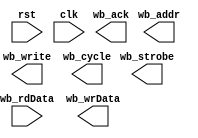
`timescale 1ns / 1ps
//////////////////////////////////////////////////////////////////////////////////
// Company: 
// Engineer: 
// 
// Design Name: 
// Module Name:    wb_hb_memmap 
// Project Name: 
// Target Devices: 
// Tool versions: 
// Description: 
//
// Dependencies: 
//
// Revision: 
// Revision 0.01 - File Created
// Additional Comments: 
//
//////////////////////////////////////////////////////////////////////////////////
module wb_hb_memmap
#( parameter DATA_WIDTH = 16,
	 parameter ADDR_WIDTH = 16 )
(
// general
	input wire rst,
	input wire clk,
// wishbone signals
	output reg wb_strobe,
	output reg wb_write,
	output reg wb_ack,
	output reg wb_cycle,
	output reg [ADDR_WIDTH-1:0] wb_addr,
	input wire [DATA_WIDTH-1:0] wb_rdData,
	output reg [DATA_WIDTH-1:0] wb_wrData
);

endmodule